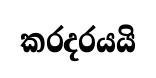
කරදරයයි